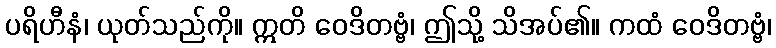
ပရိဟီနံ၊ ယုတ်သည်ကို။ ဣတိ ဝေဒိတဗ္ဗံ၊ ဤသို့ သိအပ်၏။ ကထံ ဝေဒိတဗ္ဗံ၊